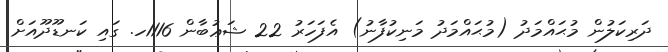
ދަރިކަލުން މުޙައްމަދު (މުޙައްމަދު މަނިކުފާނު) އެފަހަރު 22 ޝަޢުބާން 1116ހ. ގައި ކަނޑޫދޫއަށް